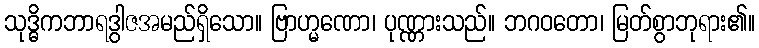
သုဒ္ဓိကဘာရဒွါဇအမည်ရှိသော။ ဗြာဟ္မဏော၊ ပုဏ္ဏားသည်။ ဘဂဝတော၊ မြတ်စွာဘုရား၏။